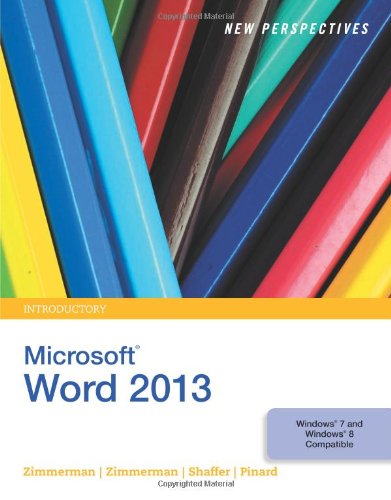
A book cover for New Perspectives on Microsoft Word 2013, Introductory (What's New for Applications?); S. Scott Zimmerman; Computers & Technology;